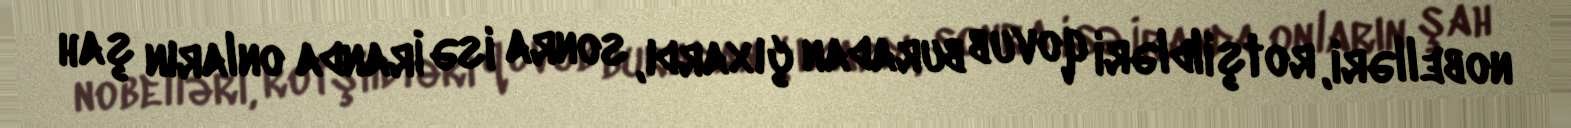
nobelləri, rotşildləri qovub buradan çıxardı, sonra isə İranda onların şah